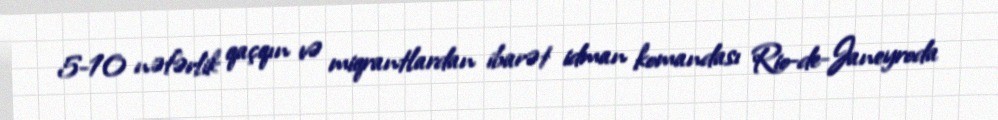
5-10 nəfərlik qaçqın və miqrantlardan ibarət idman komandası Rio-de-Janeyroda